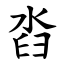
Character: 㳫